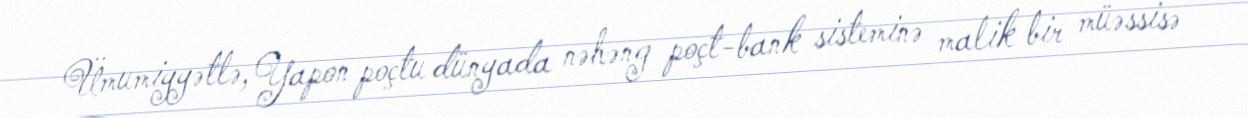
Ümumiyyətlə, Yapon poçtu dünyada nəhəng poçt-bank sisteminə malik bir müəssisə